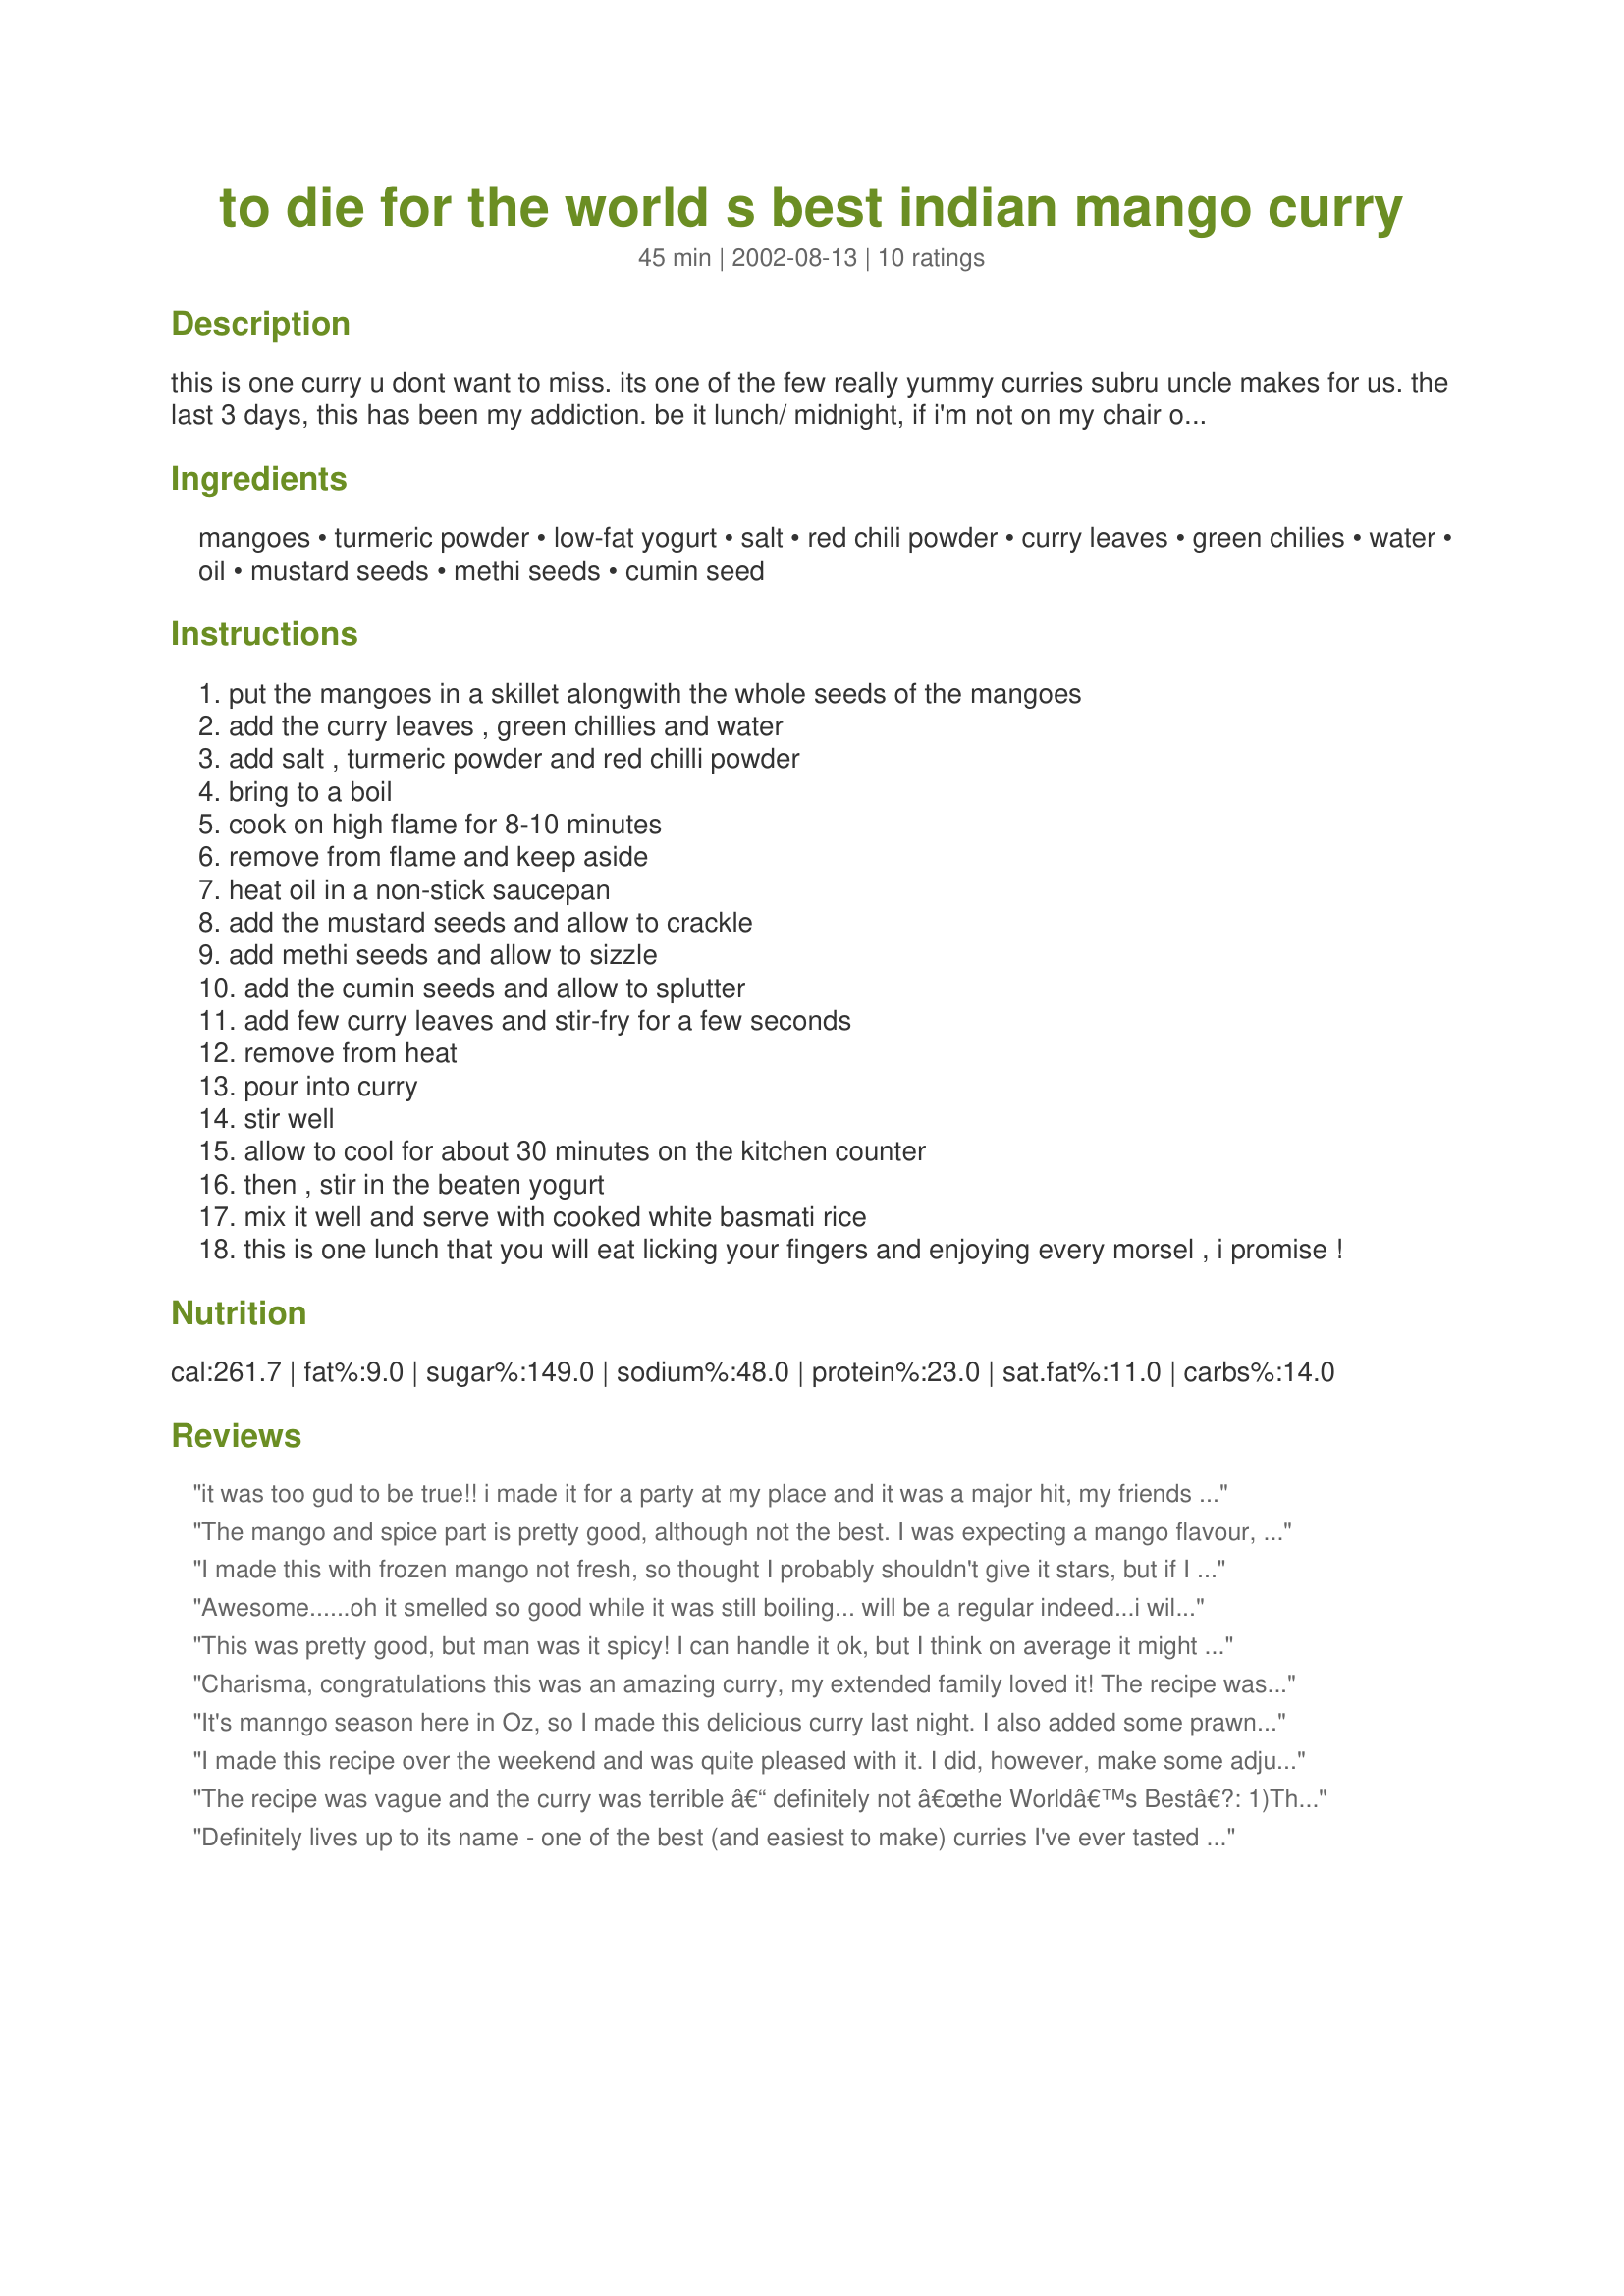
to die for the world s best indian mango curry
Preparation time: 45 minutes

this is one curry u dont want to miss. its one of the few really yummy curries subru uncle makes for us. the last 3 days, this has been my addiction. be it lunch/ midnight, if i'm not on my chair or exercising or asleep or outisde shoping, etc, i'm right in front of the fridge, hunting for this curry! even a drop is an ocean, i love this curry that much:)

Ingredients:
mangoes, turmeric powder, low-fat yogurt, salt, red chili powder, curry leaves, green chilies, water, oil, mustard seeds, methi seeds, cumin seed

Steps:
put the mangoes in a skillet alongwith the whole seeds of the mangoes
add the curry leaves , green chillies and water
add salt , turmeric powder and red chilli powder
bring to a boil
cook on high flame for 8-10 minutes
remove from flame and keep aside
heat oil in a non-stick saucepan
add the mustard seeds and allow to crackle
add methi seeds and allow to sizzle
add the cumin seeds and allow to splutter
add few curry leaves and stir-fry for a few seconds
remove from heat
pour into curry
stir well
allow to cool for about 30 minutes on the kitchen counter
then , stir in the beaten yogurt
mix it well and serve with cooked white basmati rice
this is one lunch that you will eat licking your fingers and enjoying every morsel , i promise !

Reviews:
it was too gud to be true!! i made it for a party at my place and it was a major hit, my friends actually asked me to give them some to take home too!! thanku so much for sharing such a wonderful recipe
The mango and spice part is pretty good, although not the best. I was expecting a mango flavour, and could barely taste any of it. Good overall though. The amount of yogurt was rediculous, however. It made it so that the curry had no flavour. I even halved it, and the curry still tasted pretty much only like yogurt. Had to make many, many other small tweaks to get the recipe to turn out right.
I made this with frozen mango not fresh, so thought I probably shouldn't give it stars, but if I did I would probably give three stars. I liked the flavor, but the texture was bizarre. All the water didn't evaporate (was it supposed to?) so I ended up with mango soup. (Did I miss a step?) Then adding in the yogurt (mine was pretty thin) it just got soupier. I actually only added 1/2 the 4 cups of yogurt called for, but thought it watered down the curry too much. If I made it again I'd probably only add 1-1.5 cups yogurt for the whole recipe. I was worried about 2 tsp. turmeric--it looked like so much--but it turned out fine. I also could not put in 1 3/4 tsp salt for four servings. That seems crazy? I added 1/4 tsp. salt and found it plenty salty. Not only was the curry extremely soupy, but the crunchiness of the whole seeds in contrast made for an incredibly strange texture I thought. Not unpleasant, exactly, just bizarre.
Awesome......oh it smelled so good while it was still boiling...
will be a regular indeed...i will go get mangoes just to make this :)
thank u so much for posting...
This was pretty good, but man was it spicy! I can handle it ok, but I think on average it might have to be toned down for some people... I used jalapeno chiles, so maybe that's why? I also added about a tsp of ghee. I didn't know how much 750 g of yogurt was, nor could I find any plain yogurt in the store for some reason, so I just used one yoplait mango yogurt cup instead. I still think it came out good. Also I took too long to make this, and my curry leaves weren't very fragrant, so based on someone's advice I doubled the amount of leaves. Thanks!
Charisma, congratulations this was an amazing curry, my extended family loved it! The recipe was easy to make, I didn't add all the chilli (about a quarter strength - my under fours were also eaters).
It's manngo season here in Oz, so I made this delicious curry last night. I also added some prawns to the recipe, at the end of the cooking time, and let them heat through. They were delicious and the combination of mango and seafood was a winner. Thanks so much for sharing this recipe Char.
I made this recipe over the weekend and was quite pleased with it. I did, however, make some adjustments based on the previous reviewers' comments. First off, I started with frying the cumin, methi and mustard seeds first. I doubled the amount of those seeds (which might be too much for the average person, but wasn't too much for me), and then after frying them, I combined them with the turmeric, chili powder, green chillies and a little water, just enough to make it process smoothly in the food processor. Then I sauted the curry leaves in a little oil until aromatic, then added the mango cubes for a few minutes. Then I added the processed spice paste, and a little more water and simmered it for awhile. From there, I basically added a bit of water and cream (which I used instead of yogurt) at a time until the sauce was the consistency I wanted. One final note: I was unable to include the mango seeds in the recipe, because no matter how hard I tried, I could not split open the mango cores. The fruit I bought was pretty ripe, but still, the cores wouldn't open, either with a chef's knife or a serrated knife.
The recipe was vague and the curry was terrible â€“ definitely not â€œthe Worldâ€™s Bestâ€?:
1)The Yogurt quantity of 750 g was way too much. I only used half that amount, and can only imagine that any more and the recipe would have been incredibly soupy.
2)The curry was very bland which surprised me given all the spices that go into it. I had to increase the quantities of some of the spices, and it still tasted like something was missing.
3)I was unclear as to what to do with the green chilies. I slit them in half, took the seeds out, and added them to the curry whole. Should I have chopped them up and mixed them in so that flavors could have been more mixed?
Definitely lives up to its name - one of the best (and easiest to make) curries I've ever tasted and such a great way to fix my beloved mangoes! I used about half the yogourt amount, but I guess it depends on the size of your mangoes and how much of the hot spiced fruits you eat before actually stirring in the yogourt (I just couldn't help it...)! Being out of curry leaves, I used around 1 tsp homemade curry spice mix, which worked fine. Thanks a lot for this recipe!
